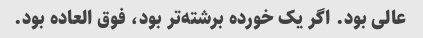
عالی بود. اگر یک خورده برشته‌تر بود، فوق العاده بود.